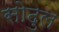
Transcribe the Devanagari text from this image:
सोढुल